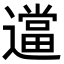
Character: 𬩖